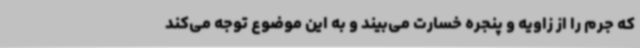
که جرم را از زاویه و پنجره خسارت می‌بیند و به این موضوع توجه می‌کند